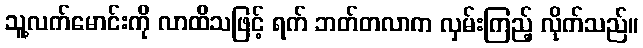
သူ့လက်မောင်းကို လာထိသဖြင့် ရက် ဘတ်တလာက လှမ်းကြည့် လိုက်သည်။